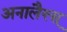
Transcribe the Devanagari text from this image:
अनालैत्त्स्